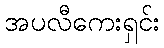
အပလီကေးရှင်း